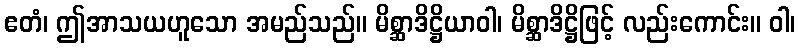
ဧတံ၊ ဤအာသယဟူသော အမည်သည်။ မိစ္ဆာဒိဋ္ဌိယာဝါ၊ မိစ္ဆာဒိဋ္ဌိဖြင့် လည်းကောင်း။ ဝါ၊